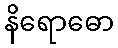
နိရောဓော